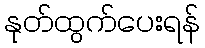
နုတ်ထွက်ပေးရန်